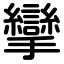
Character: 攣